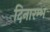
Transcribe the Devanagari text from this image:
दिनारम्भ